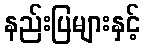
နည်းပြများနှင့်